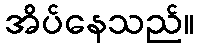
အိပ်နေသည်။